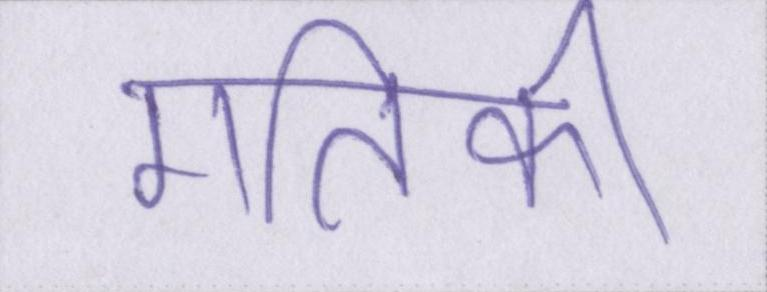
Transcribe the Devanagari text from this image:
गतिकी